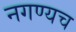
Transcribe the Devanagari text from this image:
नगण्यच